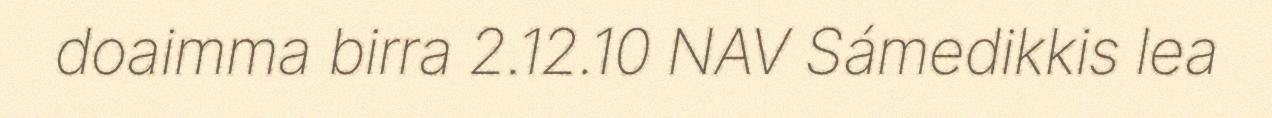
doaimma birra 2.12.10 NAV Sámedikkis lea